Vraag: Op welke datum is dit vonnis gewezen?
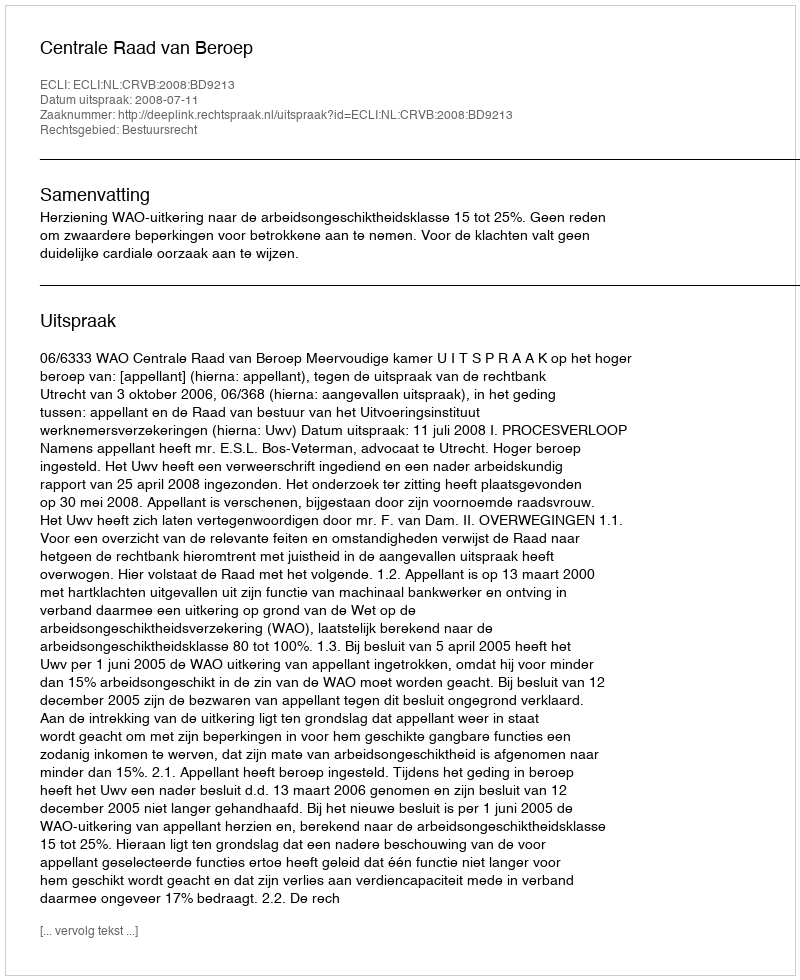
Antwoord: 2008-07-11